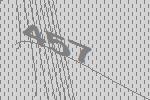
457